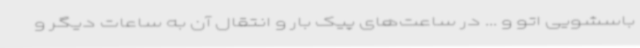
باسشویی اتو و ... در ساعت‌های پیک بار و انتقال آن به ساعات دیگر و